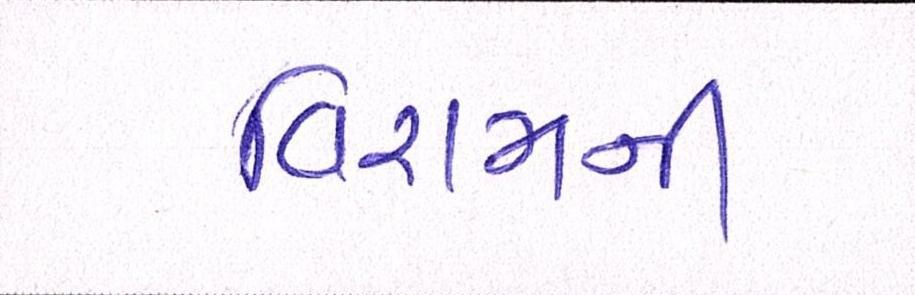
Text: વિરામની